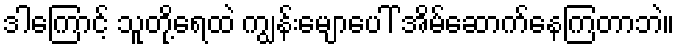
ဒါကြောင့် သူတို့ရေထဲ ကျွန်းမျောပေါ် အိမ်ဆောက်နေကြတာဘဲ။